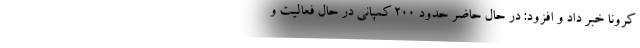
کرونا خبر داد و افزود: در حال حاضر حدود ۲۰۰ کمپانی در حال فعالیت و